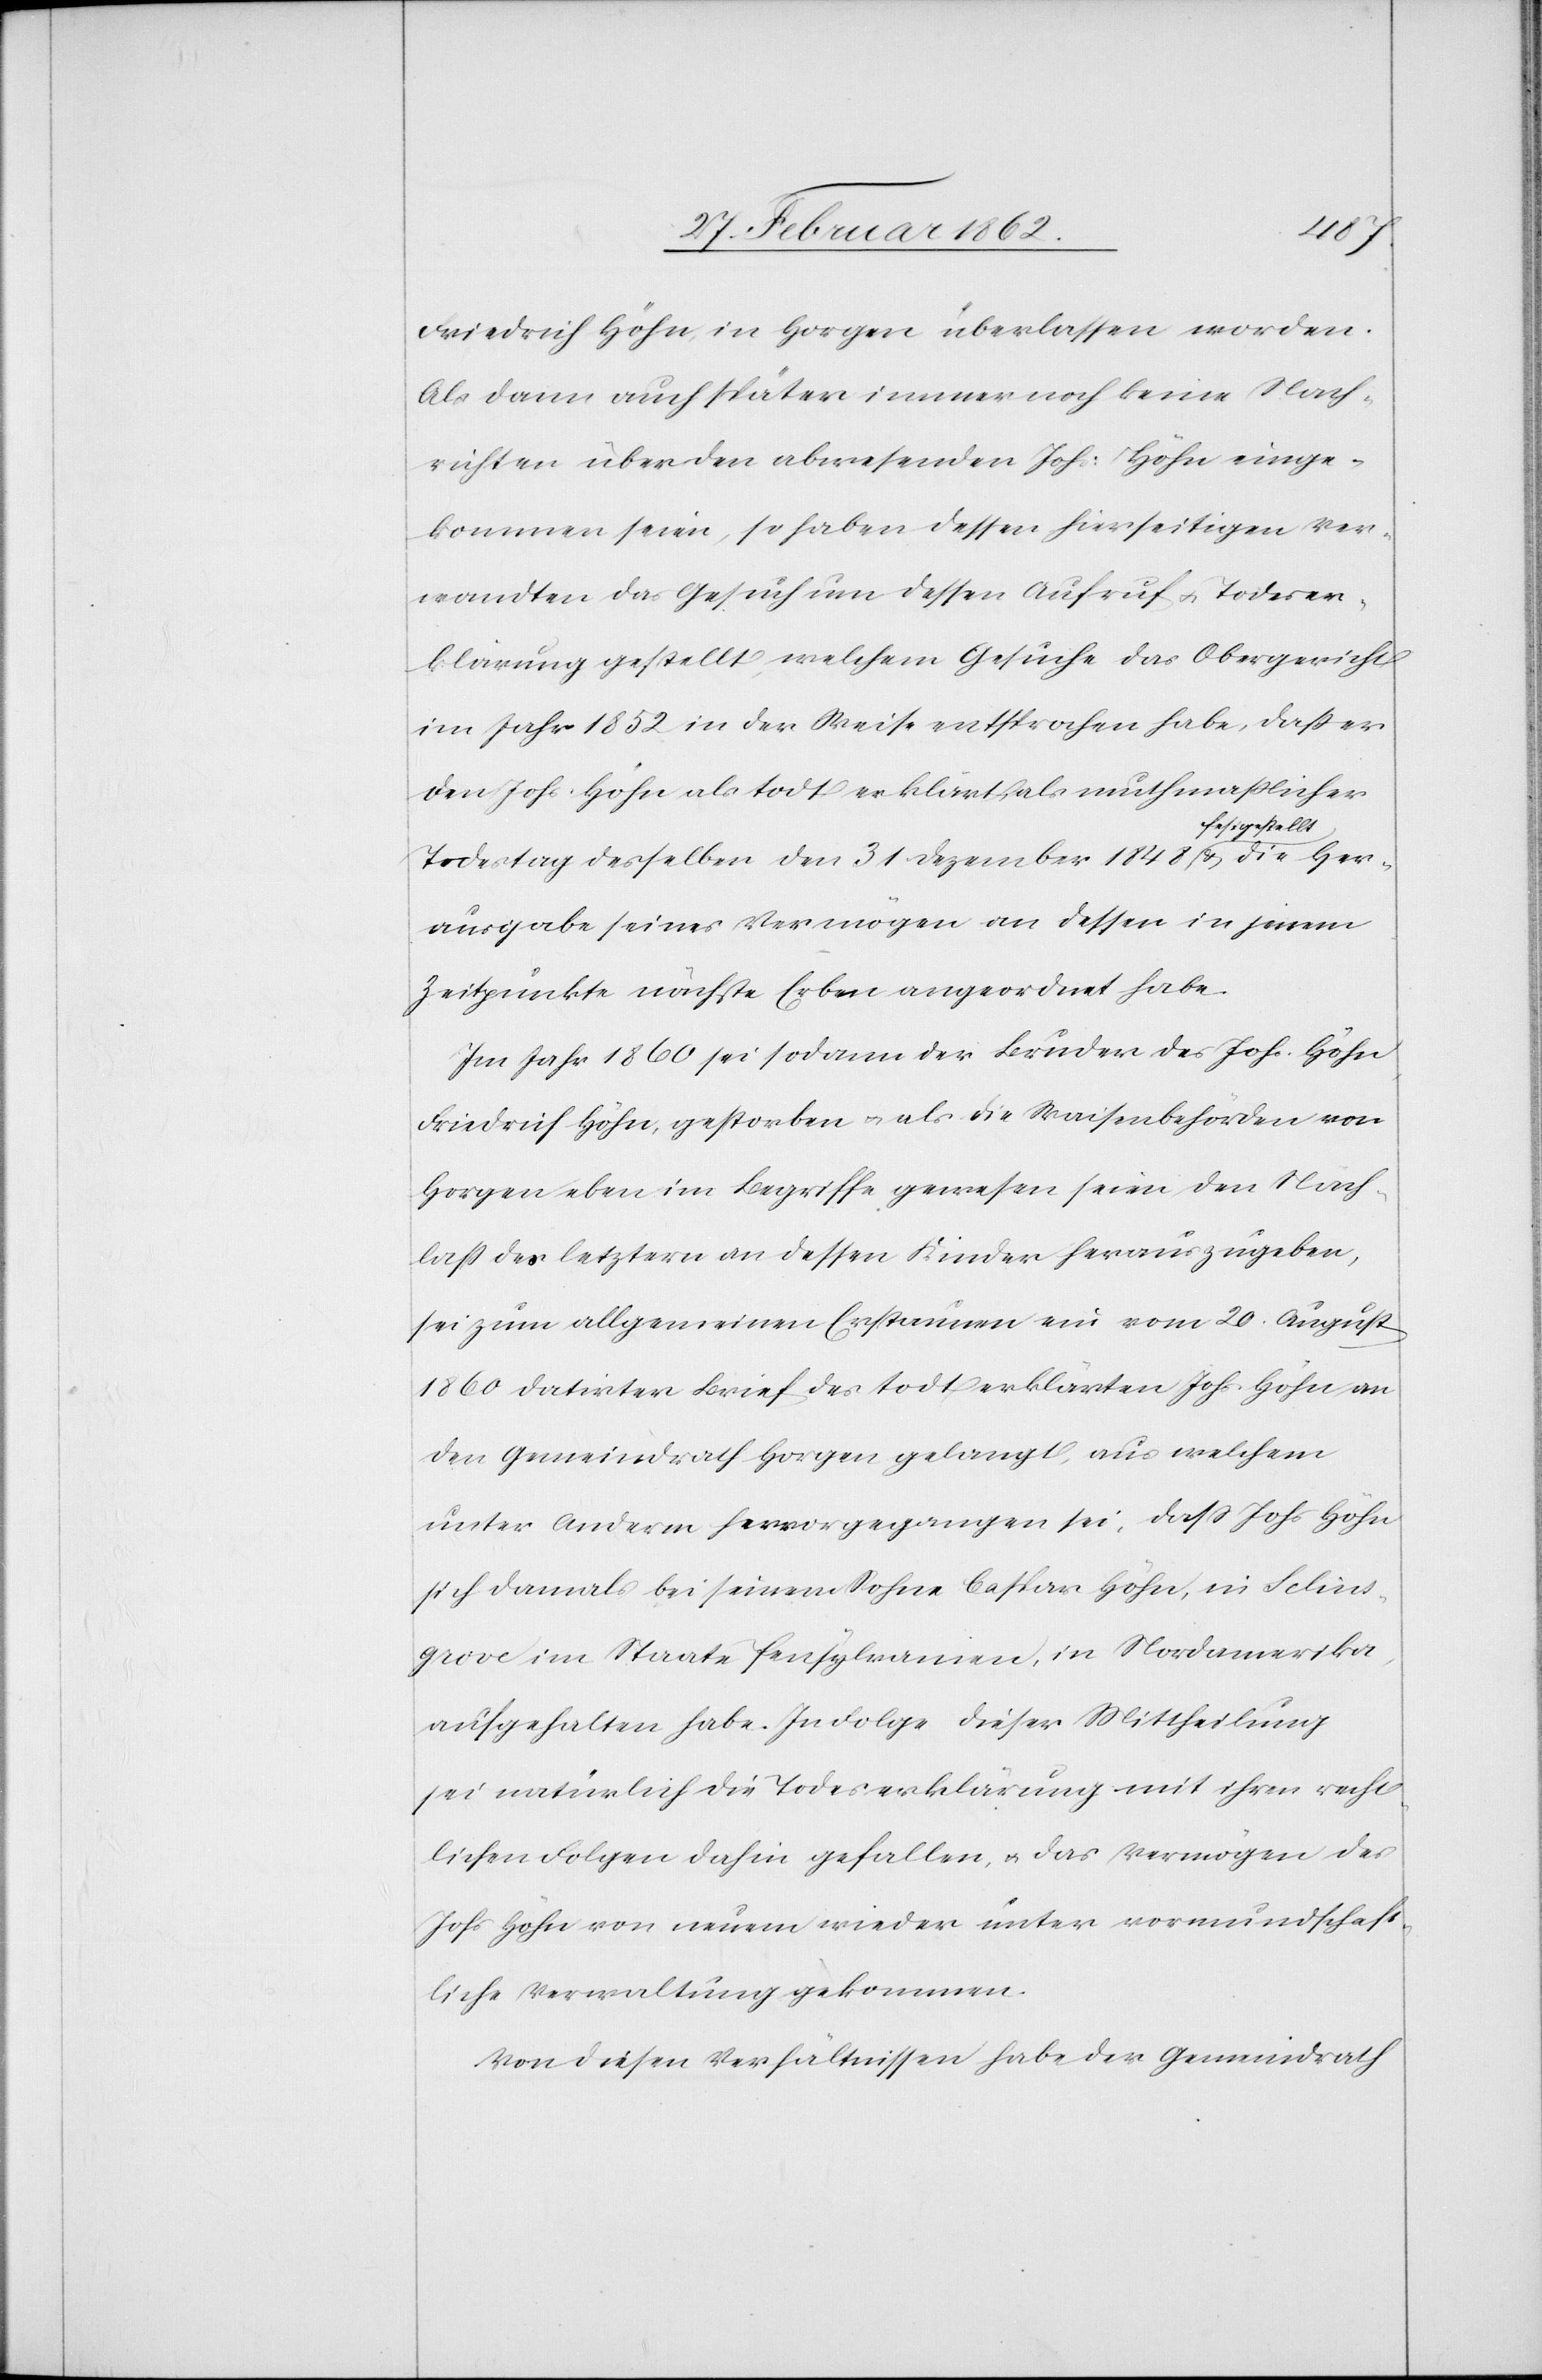
Friedrich Höhn in Horgen überlassen worden.
Als dann auch später immer noch keine Nach¬
richten über den abwesenden Johs: Höhn einge¬
kommen seien, so haben dessen hierseitigen Ver¬
wandten das Gesuch um dessen Aufruf u. Todeser¬
klärung gestellt, welchem Gesuche das Obergericht
im Jahr 1852 in der Weise entsprochen habe, daß er
den Johs. Höhn als todt erklärt, als muthmaßlicher
Todestag desselben den 31 Dezember 1848 a-festgestellt-a & die Her¬
ausgabe seines Vermögens an dessen in jenem
Zeitpunkte nächste Erben angeordnet habe.
Im Jahr 1860 sei sodann der Bruder des Johs. Höhn
Friedrich Höhn, gestorben u. als die Waisenbehörden von
Horgen eben im Begriffe gewesen seien den Nach¬
laß des letztern an dessen Kinder herauszugeben,
sei zum allgemeinen Erstaunen ein vom 20. August
1860 datirter Brief des todt erklärten Johs. Höhn an
den Gemeindrath Horgen gelangt, aus welchem
unter Anderm hervorgegangen sei, daß Johs Höhn
sich damals bei seinem Sohne Caspar Höhn, in Selins¬
grove im Staate Pensylvanien, in Nordamerika
aufgehalten habe. In Folge dieser Mittheilung
sei natürlich die Todeserklärung mit ihren recht¬
lichen Folgen dahin gefallen, u. das Vermögen des
Johs Höhn von neuem wieder unter vormundschaft¬
liche Verwaltung gekommen.
Von diesen Verhältnissen habe der Gemeindrath